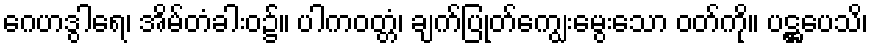
ဂေဟဒွါရေ၊ အိမ်တံခါးဝ၌။ ပါကဝတ္တံ၊ ချက်ပြုတ်ကျွေးမွေးသော ဝတ်ကို။ ပဋ္ဌပေသိ၊